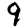
Digit: 9